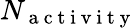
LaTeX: N_{\mathrm{~a~c~t~i~v~i~t~y~}}